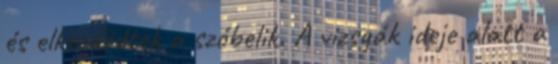
és elkezdődtek a szóbelik. A vizsgák ideje alatt a